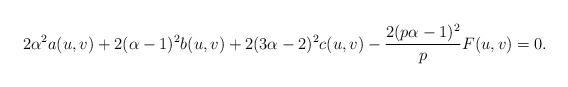
LaTeX: \begin{align*}2\alpha^{2}a(u,v)+2(\alpha-1)^{2}b(u,v)+2(3\alpha-2)^{2}c(u,v)-\frac{2(p\alpha-1)^{2}}{p}F(u,v)=0.\end{align*}